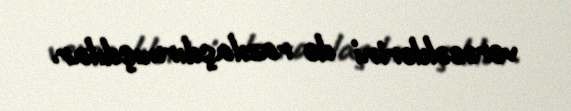
verəcəklərini də razılaşdırmışdılar.